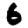
Digit: 6